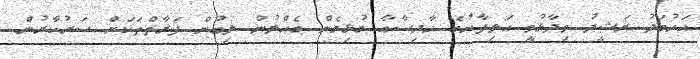
އަހުމަދު ރަޝީދު ވިދާޅުވީ އަލިފާނުގެ ހާދިސާއާ ގުޅިގެން ގެއްލުން ލިބުން ފަރާތްތަކަށް ސަރުކާރުން